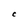
Character: C